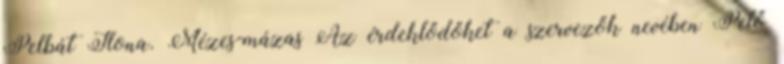
Pelbát Ilona. Mézes-mázas Az érdeklődőket a szervezők nevében Pető